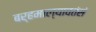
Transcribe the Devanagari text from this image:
बर्हमाल्यावतंसं